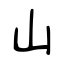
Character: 山